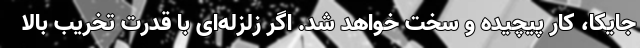
جایکا، کار پیچیده و سخت خواهد شد. اگر زلزله‌ای با قدرت تخریب بالا